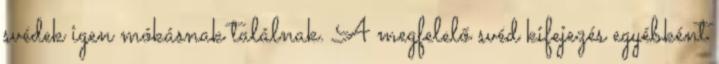
svédek igen mókásnak találnak. A megfelelő svéd kifejezés egyébként